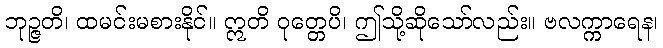
ဘုဉ္ဇတိ၊ ထမင်းမစားနိုင်။ ဣတိ ဝုတ္တေပိ၊ ဤသို့ဆိုသော်လည်း။ ဗလက္ကာရေန၊